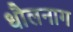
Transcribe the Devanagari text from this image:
धौलनाग